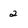
Character: 2